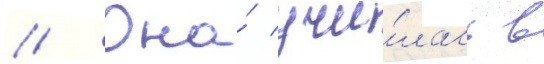
// Она́ учи́лась в